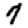
Digit: 7